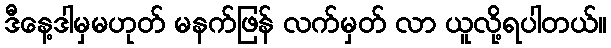
ဒီနေ့ဒါမှမဟုတ် မနက်ဖြန် လက်မှတ် လာ ယူလို့ရပါတယ်။